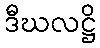
ဒီဃလဋ္ဌိ